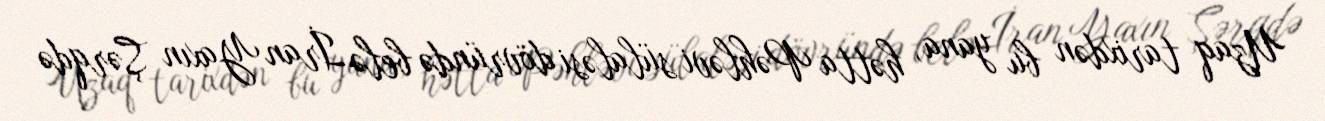
Uzaq tarixdən bu yana, hətta Pəhləvi sülaləsi dövründə belə İran Yaxın Şərqdə